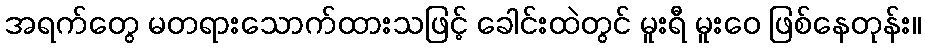
အရက်တွေ မတရားသောက်ထားသဖြင့် ခေါင်းထဲတွင် မူးရီ မူးဝေ ဖြစ်နေတုန်း။